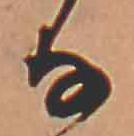
な